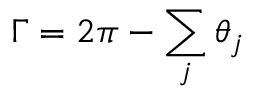
\Gamma = 2 \pi - \sum _ { j } \theta _ { j }